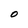
Character: O